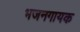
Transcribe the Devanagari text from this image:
भजनगायक